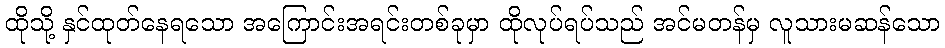
ထိုသို့ နှင်ထုတ်နေရသော အကြောင်းအရင်းတစ်ခုမှာ ထိုလုပ်ရပ်သည် အင်မတန်မှ လူသားမဆန်သော